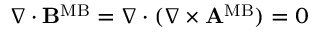
\nabla \cdot { \bf B } ^ { \mathrm { M B } } = \nabla \cdot ( \nabla \times { \bf A } ^ { \mathrm { M B } } ) = 0